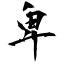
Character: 卑